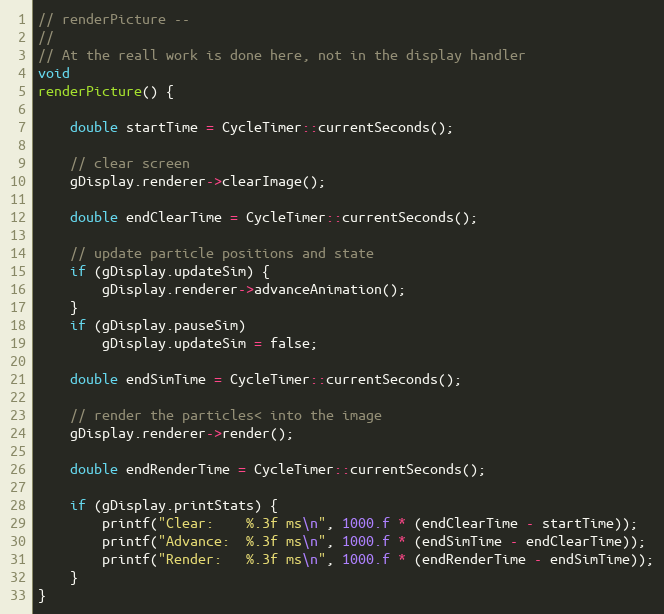
Language: C++
// renderPicture --
//
// At the reall work is done here, not in the display handler
void
renderPicture() {

    double startTime = CycleTimer::currentSeconds();

    // clear screen
    gDisplay.renderer->clearImage();

    double endClearTime = CycleTimer::currentSeconds();

    // update particle positions and state
    if (gDisplay.updateSim) {
        gDisplay.renderer->advanceAnimation();
    }
    if (gDisplay.pauseSim)
        gDisplay.updateSim = false;

    double endSimTime = CycleTimer::currentSeconds();

    // render the particles< into the image
    gDisplay.renderer->render();

    double endRenderTime = CycleTimer::currentSeconds();

    if (gDisplay.printStats) {
        printf("Clear:    %.3f ms\n", 1000.f * (endClearTime - startTime));
        printf("Advance:  %.3f ms\n", 1000.f * (endSimTime - endClearTime));
        printf("Render:   %.3f ms\n", 1000.f * (endRenderTime - endSimTime));
    }
}